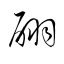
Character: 翩